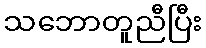
သဘောတူညီပြီး